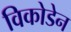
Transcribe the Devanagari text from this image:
विकोडेन